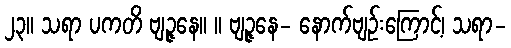
၂၃။ သရာ ပကတိ ဗျဉ္ဇနေ။ ။ ဗျဉ္ဇနေ- နောက်ဗျဉ်းကြောင့်၊ သရာ-